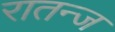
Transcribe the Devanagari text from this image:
रातन्ज